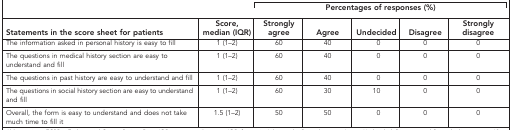
|  |  | <COLSPAN=5> Percentages of responses (%) |
 | Statements in the score sheet for patients | Score, median (IQR) | Strongly agree | Agree | Undecided | Disagree | Strongly disagree |
 | --- | --- | --- | --- | --- | --- | --- |
 | The information asked in personal history is easy to fill | 1 (1–2) | 60 | 40 | 0 | 0 | 0 |
 | The questions in medical history section are easy to understand and fill | 1 (1–2) | 60 | 40 | 0 | 0 | 0 |
 | The questions in past history are easy to understand and fill | 1 (1–2) | 60 | 40 | 0 | 0 | 0 |
 | The questions in social history section are easy to understand and fill | 1 (1–2) | 60 | 30 | 10 | 0 | 0 |
 | Overall, the form is easy to understand and does not take much time to fill it | 1.5 (1–2) | 50 | 50 | 0 | 0 | 0 |